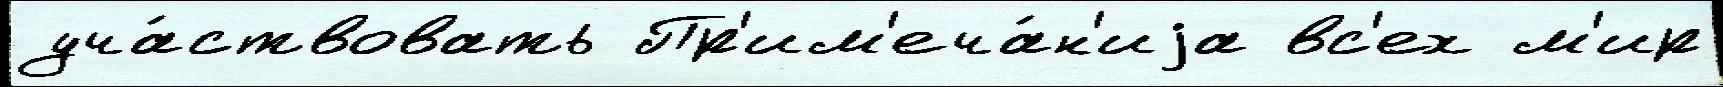
уча́ствовать Пр'им'еча́н'иjа вс'ех м'ир